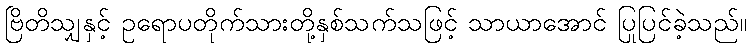
ဗြိတိသျှနှင့် ဥရောပတိုက်သားတို့နှစ်သက်သဖြင့် သာယာအောင် ပြုပြင်ခဲ့သည်။